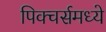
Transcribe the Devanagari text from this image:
पिक्‍चर्समध्ये